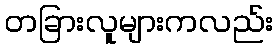
တခြားလူများကလည်း